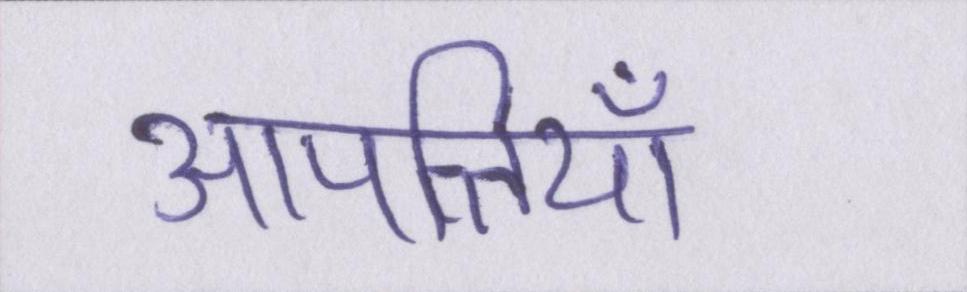
आपत्तियाँ